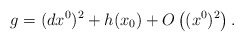
\begin{align*} g = (dx^0)^2 + h(x_0) + O \left( (x^0)^2 \right).\end{align*}